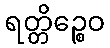
ရတ္တိဉ္စေဝ